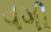
વગી